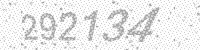
Solution: 292134